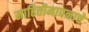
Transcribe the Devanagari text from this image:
माहितीमापनाचे